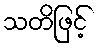
သတိဖြင့်